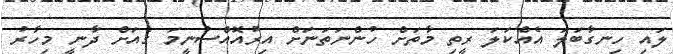
ލައި ހިނގާބަލަ އެއްކަލަ ރީތި މާތަށް ހުންނަތަނަށް އިރުއޮއްސުނީމަ ގެއަށް ދާނީ މިހާރު